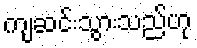
ကျဆင်းသွားသည်ဟု